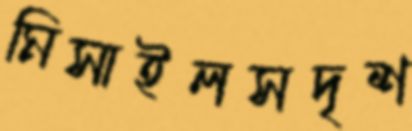
মিসাইলসদৃশ